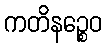
ကတိနဉ္စေဝ